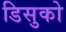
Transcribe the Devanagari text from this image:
डिसुको